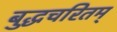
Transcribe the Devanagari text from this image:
बुद्धचरितम्‌